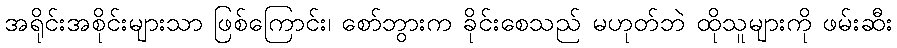
အရိုင်းအစိုင်းများသာ ဖြစ်ကြောင်း၊ စော်ဘွားက ခိုင်းစေသည် မဟုတ်ဘဲ ထိုသူများကို ဖမ်းဆီး